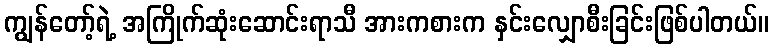
ကျွန်တော့်ရဲ့ အကြိုက်ဆုံးဆောင်းရာသီ အားကစားက နှင်းလျှောစီးခြင်းဖြစ်ပါတယ်။